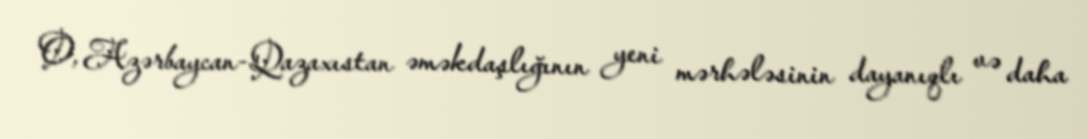
O, Azərbaycan-Qazaxıstan əməkdaşlığının yeni mərhələsinin dayanıqlı və daha